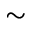
\sim